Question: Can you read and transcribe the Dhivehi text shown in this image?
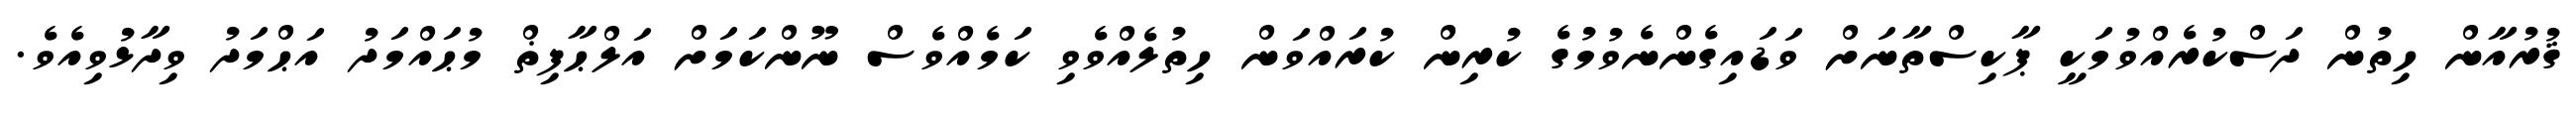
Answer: ޤުރުއާން ހިތުން ދަސްކުރެއްވުމަކީ ޕާކިސްތާނަށް ވަޑައިގެންނެވުމުގެ ކުރިން ކުރައްވަން ހިތުލެއްވެވި ކަމެއްވެސް ނޫންކަމަށް އަލްޙާފިޡް މުޙައްމަދު އަޙްމަދު ވިދާޅުވިއެވެ.